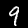
Label: 9